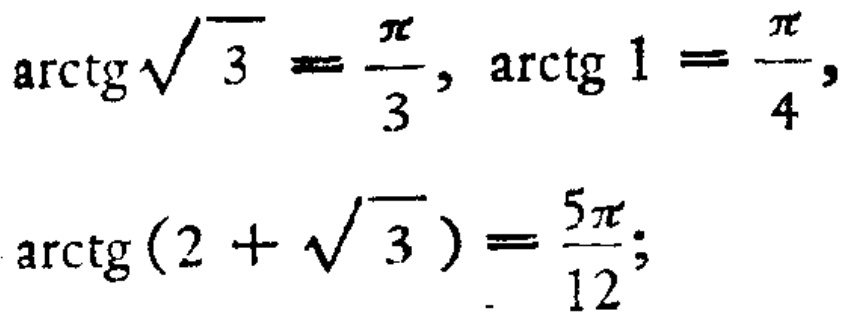
\(\text{arctg} \sqrt{3} = \frac{\pi}{3}, \text{arctg} 1 = \frac{\pi}{4},\)
\(\text{arctg}(2 + \sqrt{3}) = \frac{5\pi}{12};\)